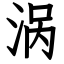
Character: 涡